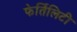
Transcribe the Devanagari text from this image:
फेर्तिलिटी